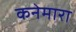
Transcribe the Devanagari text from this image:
कनेमारा